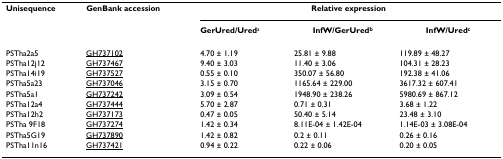
<table><thead><tr><td><b>Unisequence</b></td><td><b>GenBank accession</b></td><td colspan="3"><b>Relative expression</b></td></tr><tr><td></td><td></td><td><b>GerUred/Ured<sup>a</sup></b></td><td><b>InfW/GerUred<sup>b</sup></b></td><td><b>InfW/Ured<sup>c</sup></b></td></tr></thead><tbody><tr><td>PSTha2a5</td><td>GH737102</td><td>4.70 ± 1.19</td><td>25.81 ± 9.88</td><td>119.89 ± 48.27</td></tr><tr><td>PSTha12j12</td><td>GH737467</td><td>9.40 ± 3.03</td><td>11.40 ± 3.06</td><td>104.31 ± 28.23</td></tr><tr><td>PSTha14i19</td><td>GH737527</td><td>0.55 ± 0.10</td><td>350.07 ± 56.80</td><td>192.38 ± 41.06</td></tr><tr><td>PSTha5a23</td><td>GH737046</td><td>3.15 ± 0.70</td><td>1165.64 ± 229.00</td><td>3617.32 ± 607.41</td></tr><tr><td>PSTha5a1</td><td>GH737242</td><td>3.09 ± 0.54</td><td>1948.90 ± 238.26</td><td>5980.69 ± 867.12</td></tr><tr><td>PSTha12a4</td><td>GH737444</td><td>5.70 ± 2.87</td><td>0.71 ± 0.31</td><td>3.68 ± 1.22</td></tr><tr><td>PSTha12h2</td><td>GH737173</td><td>0.47 ± 0.05</td><td>50.40 ± 5.14</td><td>23.48 ± 3.10</td></tr><tr><td>PSTha 9F18</td><td>GH737274</td><td>1.42 ± 0.34</td><td>8.11E-04 ± 1.42E-04</td><td>1.14E-03 ± 3.08E-04</td></tr><tr><td>PSTha5G19</td><td>GH737890</td><td>1.42 ± 0.82</td><td>0.2 ± 0.11</td><td>0.26 ± 0.16</td></tr><tr><td>PSTha11n16</td><td>GH737421</td><td>0.94 ± 0.22</td><td>0.22 ± 0.06</td><td>0.20 ± 0.05</td></tr></tbody></table>